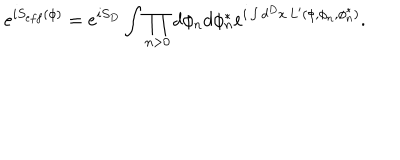
e ^ { i S _ { e f f } ( \phi ) } = e ^ { i S _ { D } } \int \prod _ { n > 0 } d \phi _ { n } d \phi _ { n } ^ { * } e ^ { i \int d ^ { D } x \, L ^ { \prime } ( \phi , \phi _ { n } , \phi _ { n } ^ { * } ) } .